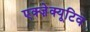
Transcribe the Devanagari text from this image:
एक्ज़ेक्यूटिव